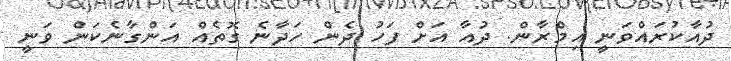
ދުއާކުރައްވަނީ އިމްރާން. ދުއާ އަށް ފަހު ދެން ހަދާނެ ގޮތެއް އަންގާނެކަން ވަނީ